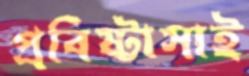
প্রবিষ্টাসাই